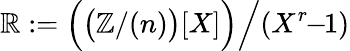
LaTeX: \mathbb{R}:={\Bigl(}{\bigl(}\mathbb{{Z}}/(n){\bigr)}[X]{\Bigr)}{\Bigl/}(X^{r}\! \! -\! \! 1){\Bigr.}